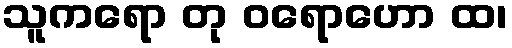
သူကရော တု ဝရောဟော ထ၊